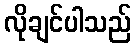
လိုချင်ပါသည်